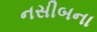
નસીબના